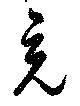
竟